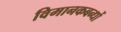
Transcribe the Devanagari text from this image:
विमानकबन्धों